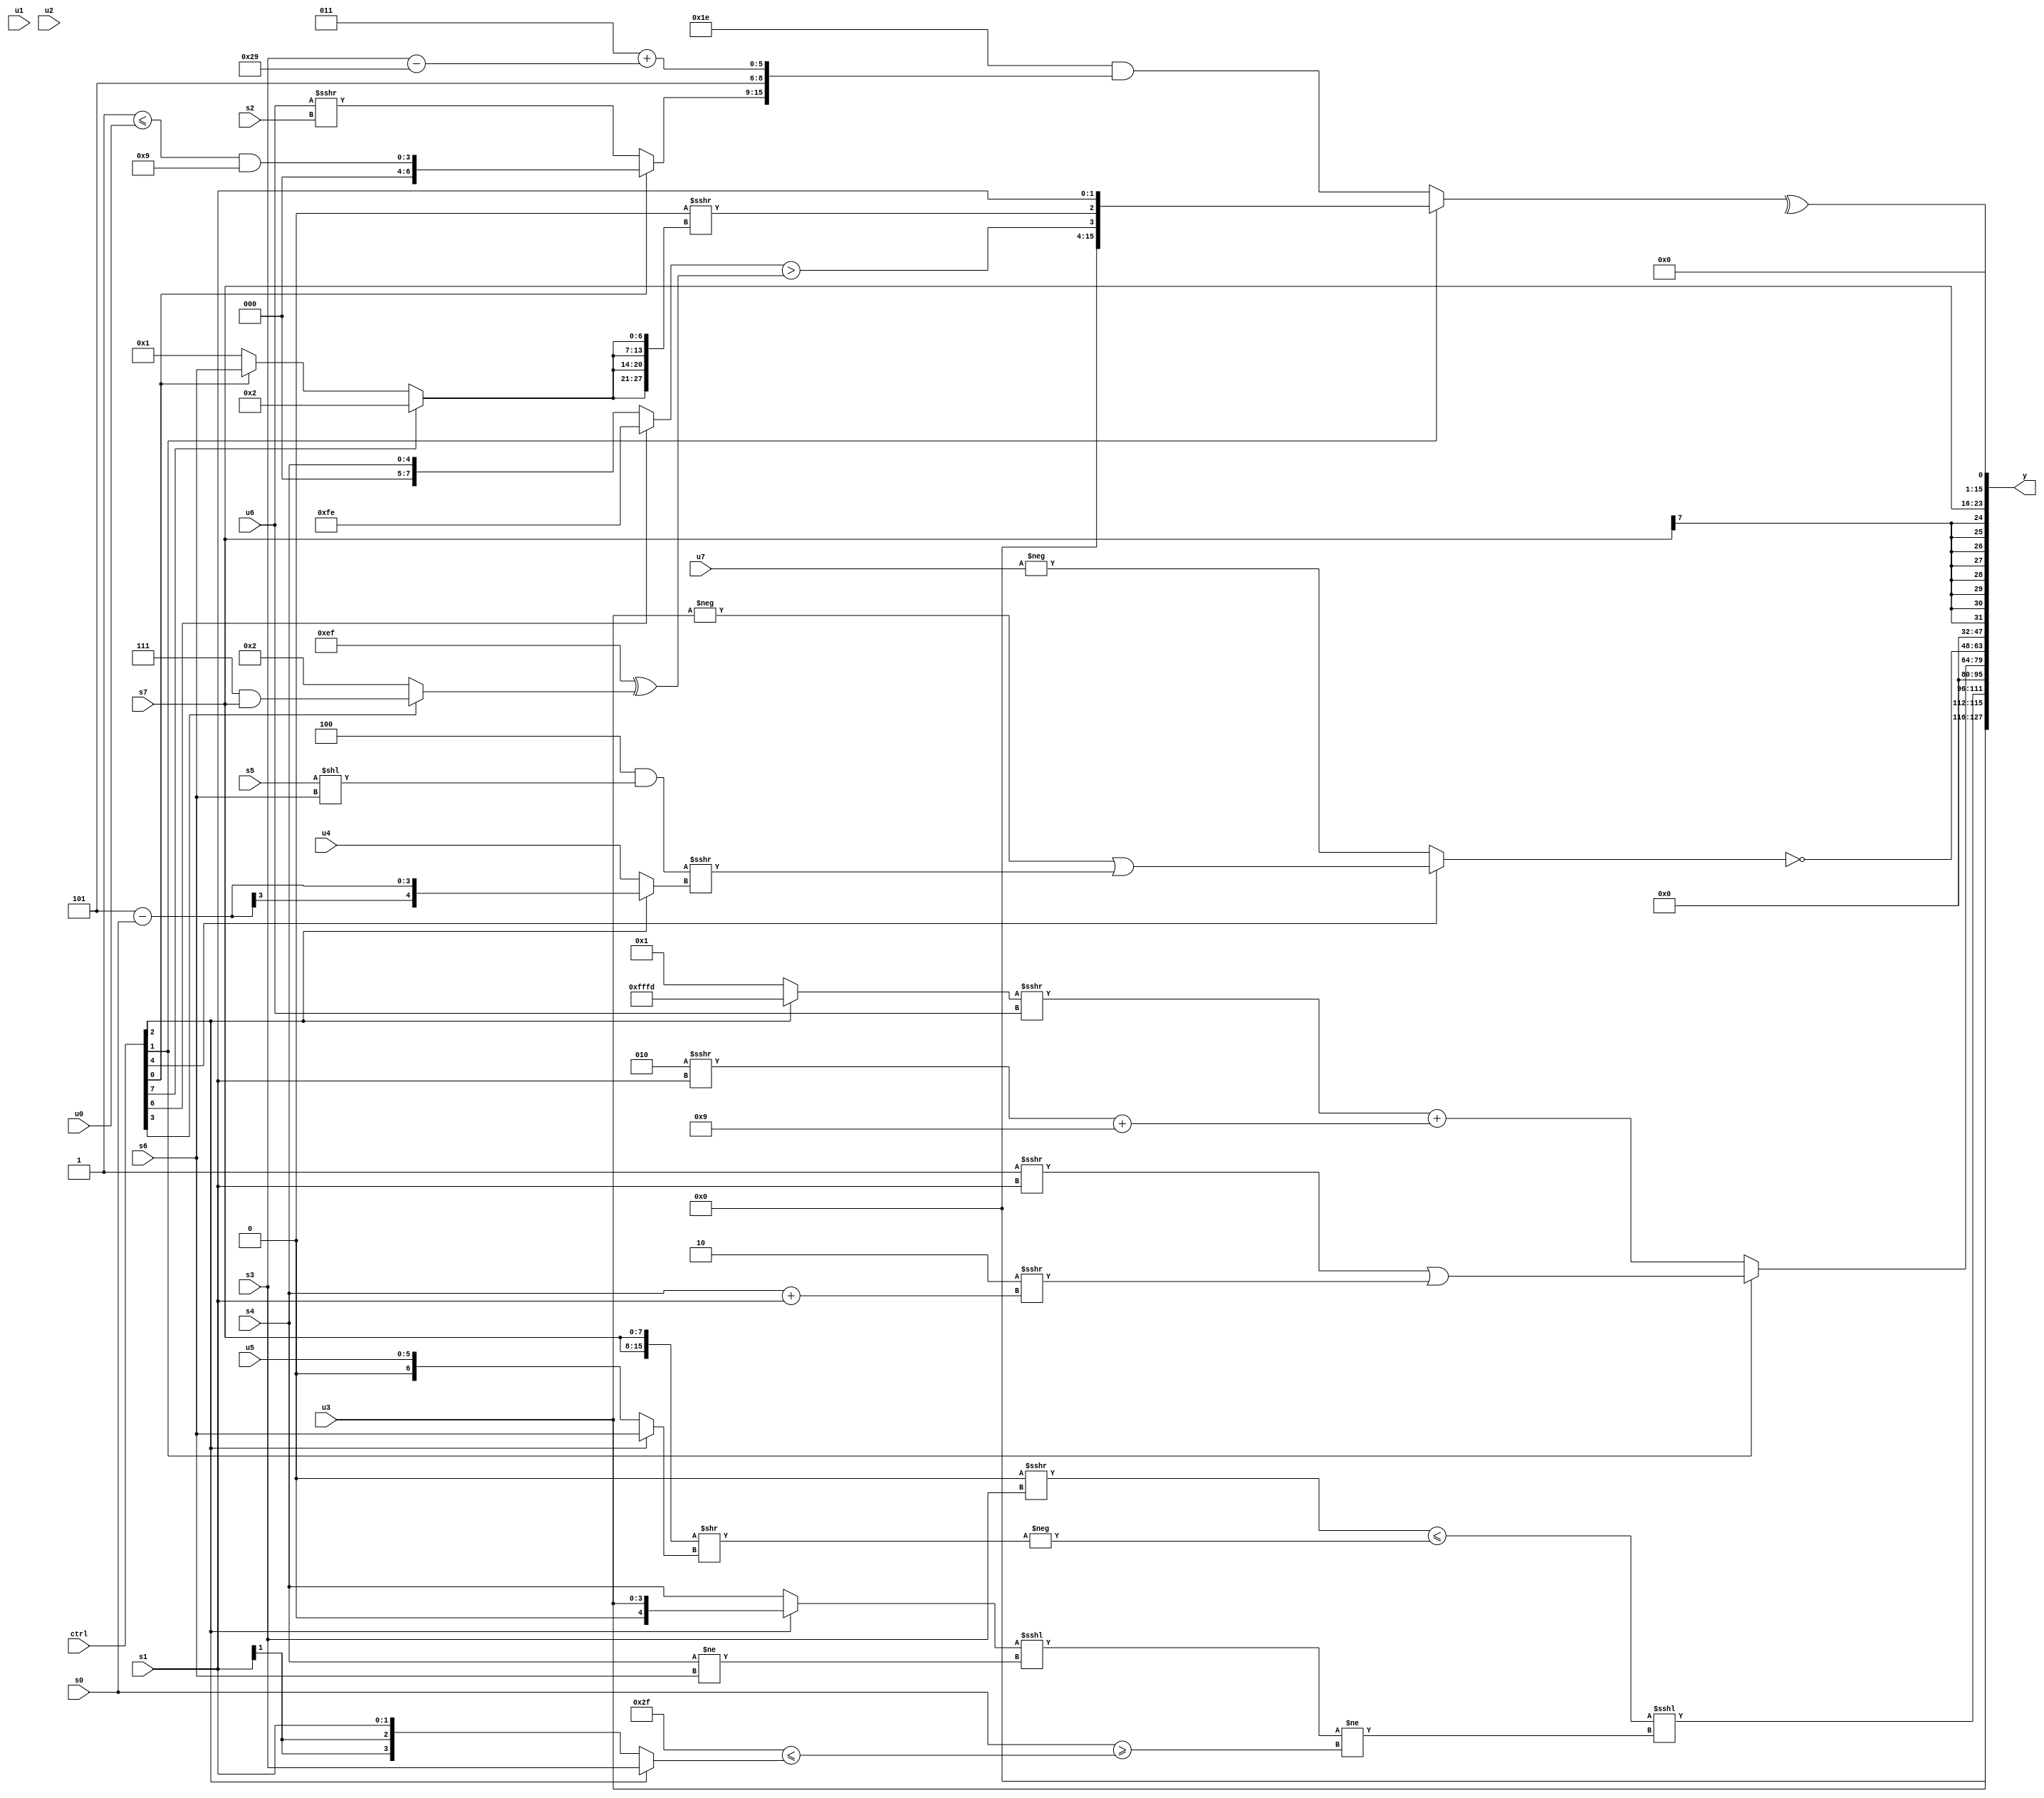
module wideexpr_00170(ctrl, u0, u1, u2, u3, u4, u5, u6, u7, s0, s1, s2, s3, s4, s5, s6, s7, y);
  input [7:0] ctrl;
  input [0:0] u0;
  input [1:0] u1;
  input [2:0] u2;
  input [3:0] u3;
  input [4:0] u4;
  input [5:0] u5;
  input [6:0] u6;
  input [7:0] u7;
  input signed [0:0] s0;
  input signed [1:0] s1;
  input signed [2:0] s2;
  input signed [3:0] s3;
  input signed [4:0] s4;
  input signed [5:0] s5;
  input signed [6:0] s6;
  input signed [7:0] s7;
  output [127:0] y;
  wire [15:0] y0;
  wire [15:0] y1;
  wire [15:0] y2;
  wire [15:0] y3;
  wire [15:0] y4;
  wire [15:0] y5;
  wire [15:0] y6;
  wire [15:0] y7;
  assign y = {y0,y1,y2,y3,y4,y5,y6,y7};
  assign y0 = u3;
  assign y1 = (((($signed(s2))<<<({4'b0101,4'b1010,5'b00111}))>>>($unsigned(s3)))<=(-(({2{s7}})>>((ctrl[2]?s6:u5)))))<<<(($unsigned(((ctrl[2]?u3:s4))<<<((s4)!=(s6))))!=((s0)>=(($signed(6'b101111))<=((ctrl[2]?s3:s1)))));
  assign y2 = ($signed($unsigned($signed(|(5'b00111)))))>(6'sb010000);
  assign y3 = (ctrl[1]?((2'sb11)>>>(s1))|((+(2'sb10))>>>((s4)+(s1))):(((ctrl[2]?+(4'sb1101):2'sb01))>>>($unsigned($signed(u6))))+(((-(2'sb10))>>>(s1))+(5'sb01001)));
  assign y4 = +(~((ctrl[4]?(-(u3))|(((5'sb00100)&((s5)<<(s6)))>>>((ctrl[2]?(3'sb101)-(s0):$signed(u4)))):-(u7))));
  assign y5 = $signed(($signed(((ctrl[7]?s0:-(u2)))>>(+((ctrl[6]?3'sb111:3'sb111)))))>>>(+(+({2{+(3'sb000)}}))));
  assign y6 = s7;
  assign y7 = ^((ctrl[1]?{(+((ctrl[6]?-(3'b010):s4)))>((+((1'sb0)-(5'sb10001)))^((ctrl[3]?(3'sb111)&(s7):(3'sb010)|(3'sb010)))),((~|({s2,5'sb10000,u7}))<(((s4)==(1'sb1))>>(4'b0111)))>>>({4{(ctrl[7]?-(2'sb10):(ctrl[0]?s6:2'sb01))}}),s1}:(5'b11110)&({(ctrl[0]?((1'b1)<=(u0))&((3'sb000)^(5'b01001)):(u6)>>>(s2)),3'sb101,+((-(4'sb1101))+((s3)-(6'sb101001)))})));
endmodule